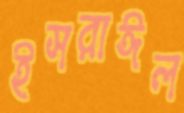
ইসরাঈল